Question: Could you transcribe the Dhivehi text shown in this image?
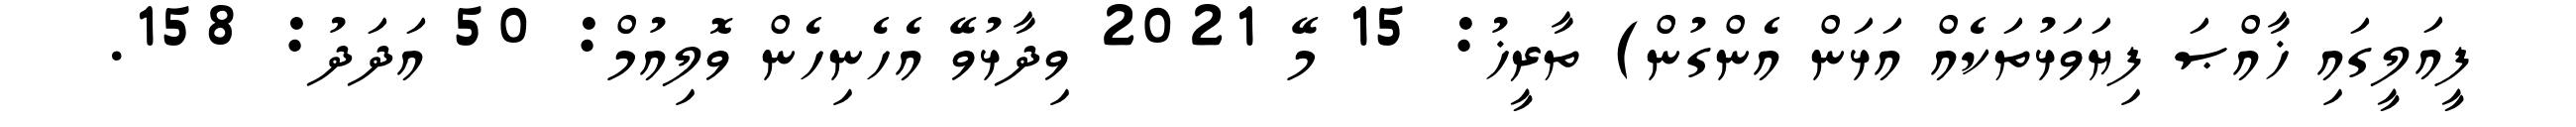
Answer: ފީއަލީގައި ޚާއްޞަ ފިޔަވަޅުތަކެއް އަޅަން އެންގުން) ތާރީޚު: 15 މޭ 2021 ވިދާޅުވޭ އެހެނިހެން ވޮލިއުމް: 50 އަދަދު: 158.